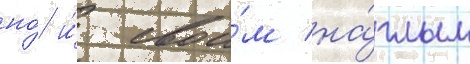
но́ и́ свои́м на́глым